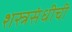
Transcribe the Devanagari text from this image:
शस्त्रसंधीची